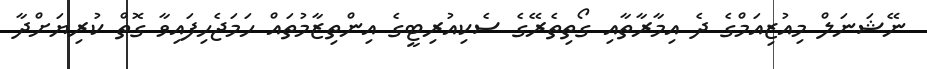
ނޭޝަނަލް މިއުޒިއަމްގެ ދެ އިމާރާތާއި ގޯތިތެރޭގެ ސެކިއުރިޓީގެ އިންތިޒާމުތައް ހަމަޖެހިފައިވާ ގޮތް ކުރިޔަށްދާ